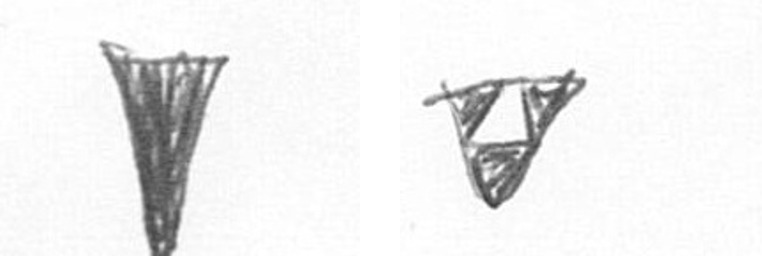
J S